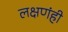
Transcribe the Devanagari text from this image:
लक्षणंही